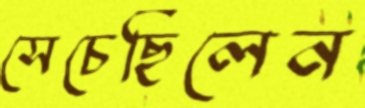
সেচেছিলেন